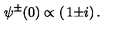
\psi ^ { \pm } ( 0 ) \propto \left( \begin{matrix} { 1 } \\ { \pm i } \\ \end{matrix} \right) .